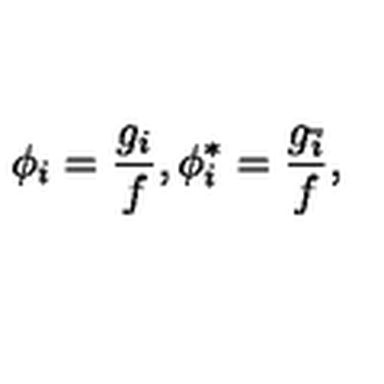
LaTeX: \phi _ { i } = \frac { g _ { i } } { f } , \phi _ { i } ^ { * } = \frac { g _ { \bar { i } } } { f } ,